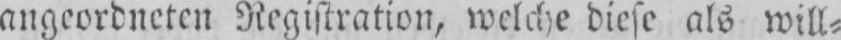
angeordneten Registration, welche diese als will⸗